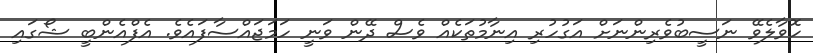
ހޮވާލެވޭ ނަސީބުވެރިންނަށް އަގުހުރި އިނާމުތަކެއް ވެސް ދޭން ވަނީ ހަމަޖައްސާފައެވެ. އެފްއެންބީ ޝޯގައި